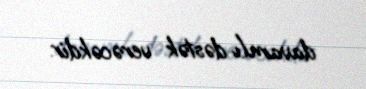
davamlı dəstək verəcəkdir.